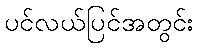
ပင်လယ်ပြင်အတွင်း